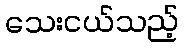
သေးငယ်သည့်